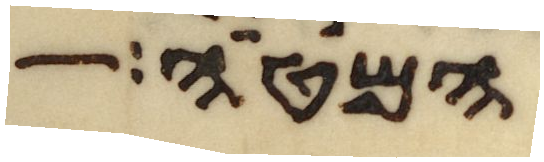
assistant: המטה